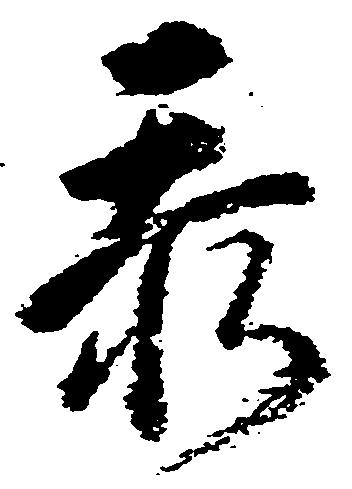
忝